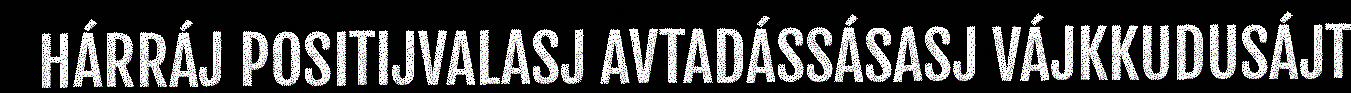
HÁRRÁJ POSITIJVALASJ AVTADÁSSÁSASJ VÁJKKUDUSÁJT